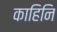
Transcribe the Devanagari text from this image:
काहिनि